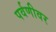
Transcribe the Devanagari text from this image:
पर्वणीवर